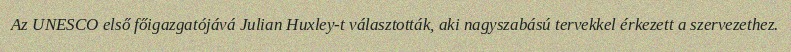
Az UNESCO első főigazgatójává Julian Huxley-t választották, aki nagyszabású tervekkel érkezett a szervezethez.